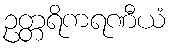
ဥတ္တရိကရဏီယံ